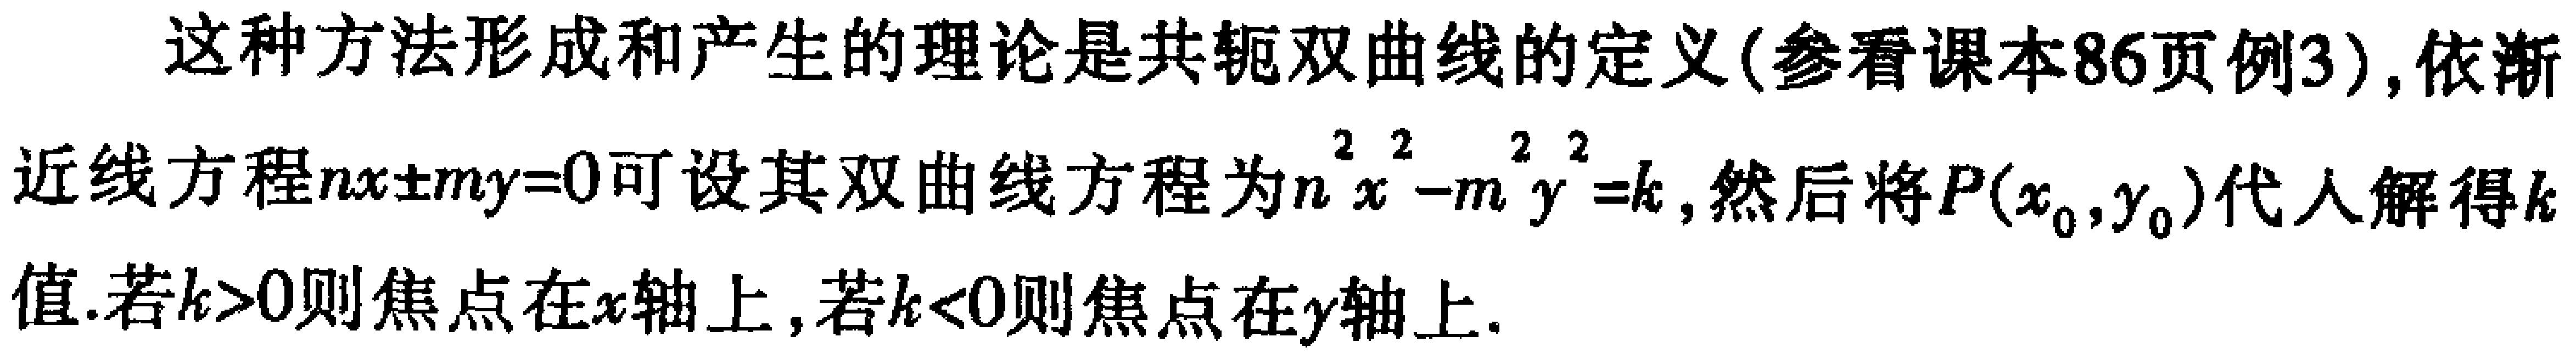
这种方法形成和产生的理论是共轭双曲线的定义(参看课本85页例3), 依渐近线方程\(nx\pm my = 0\)可设其双曲线方程为\(n^{2}x^{2}-m^{2}y^{2}=k\), 然后将\(P(x_{0},y_{0})\)代入解得\(k\)值.若\(k > 0\)则焦点在\(x\)轴上, 若\(k < 0\)则焦点在\(y\)轴上.